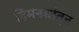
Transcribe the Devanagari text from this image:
हिमनद्यांतून